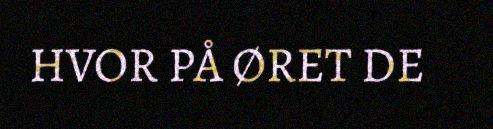
HVOR PÅ ØRET DE